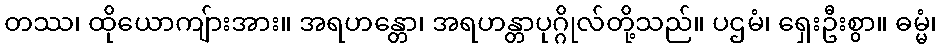
တဿ၊ ထိုယောကျ်ားအား။ အရဟန္တော၊ အရဟန္တာပုဂ္ဂိုလ်တို့သည်။ ပဌမံ၊ ရှေးဦးစွာ။ ဓမ္မံ၊